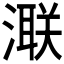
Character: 𣾍